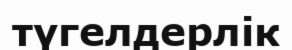
түгелдерлік